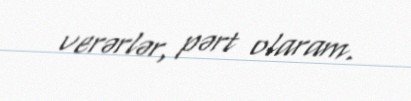
verərlər, pərt olaram.